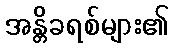
အန္တိခရစ်များ၏